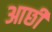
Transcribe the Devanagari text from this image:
आछी